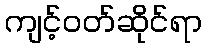
ကျင့်ဝတ်ဆိုင်ရာ